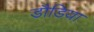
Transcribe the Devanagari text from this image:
डौडिया